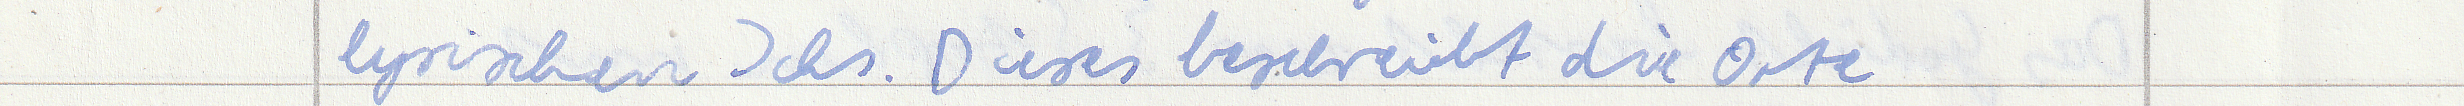
lyrischen Ichs. Dieses beschreibt die Orte